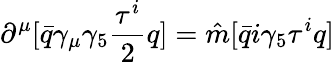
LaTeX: \partial^{\mu}[\bar{q}\gamma_{\mu}\gamma_{5}{\frac{\tau^{i}}{2}}q]={\hat{m}}[\bar{q}i\gamma_{5}\tau^{i}q]